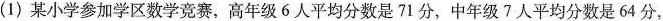
(1)某小学参加学区数学竞赛，高年级6人平均分数是71分，中年级7人平均分数是64分，